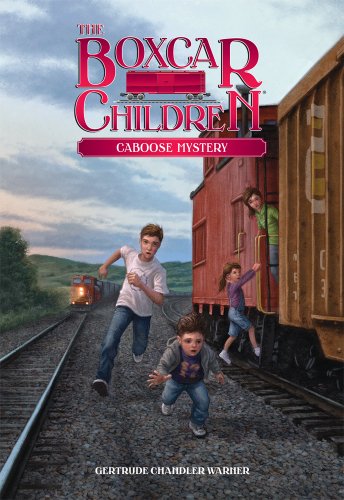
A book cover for Caboose Mystery (Boxcar Children #11); Gertrude Chandler Warner; Children's Books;